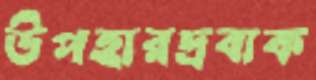
উপহারদ্রব্যক